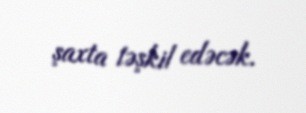
şaxta təşkil edəcək.